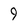
Character: 9